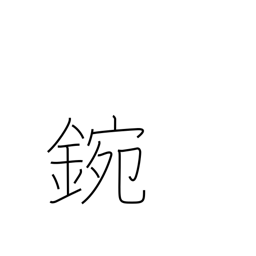
Meaning: metal bowl